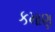
કમાણ